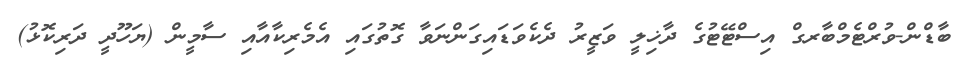
ބާޑްން-ވުރްޓެމްބާރގް އިސްޓޭޓުގެ ދާޚިލީ ވަޒީރު ދެކެވަޑައިގަންނަވާ ގޮތުގައި އެމެރިކާއާއި ސާމީން (ޔަހޫދީ ދަރިކޮޅު)